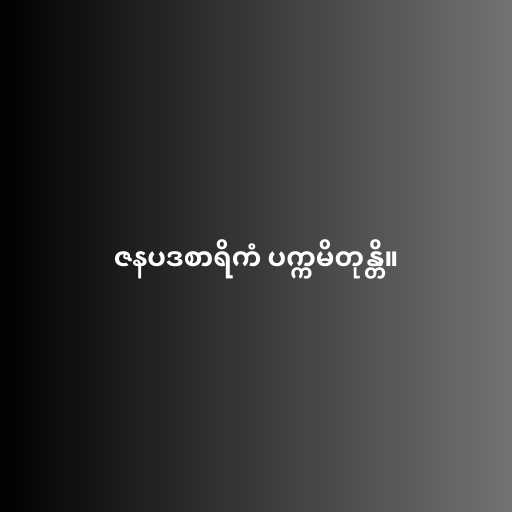
ဇနပဒစာရိကံ ပက္ကမိတုန္တိ။